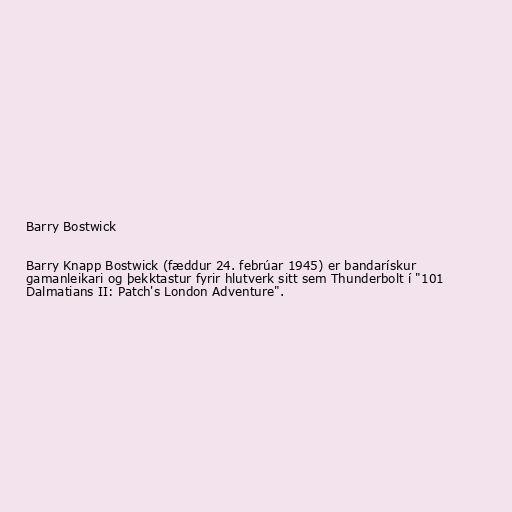
Barry Bostwick

Barry Knapp Bostwick (fæddur 24. febrúar 1945) er bandarískur
gamanleikari og þekktastur fyrir hlutverk sitt sem Thunderbolt í "101
Dalmatians II: Patch's London Adventure".